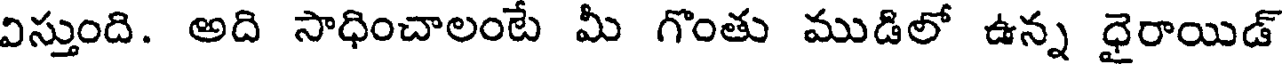
విస్తుంది. అది సాధించాలంటే మీ గొంతు ముడిలో ఉన్న ధైరాయిడ్